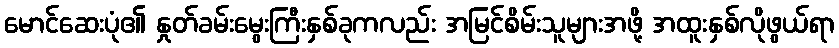
မောင်ဆေးပုံ၏ နှုတ်ခမ်းမွေးကြီးနှစ်ခုကလည်း အမြင်စိမ်းသူများအဖို့ အထူးနှစ်လိုဖွယ်ရာ